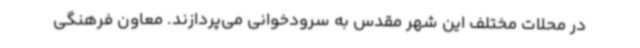
در محلات مختلف این شهر مقدس به سرودخوانی می‌پردازند. معاون فرهنگی